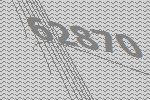
62870